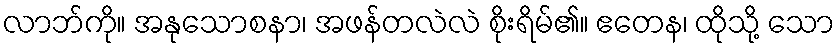
လာဘ်ကို။ အနုသောစနာ၊ အဖန်တလဲလဲ စိုးရိမ်၏။ ဧတေန၊ ထိုသို့ သော